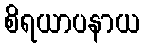
စိရယာပနာယ